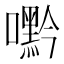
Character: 𭌘